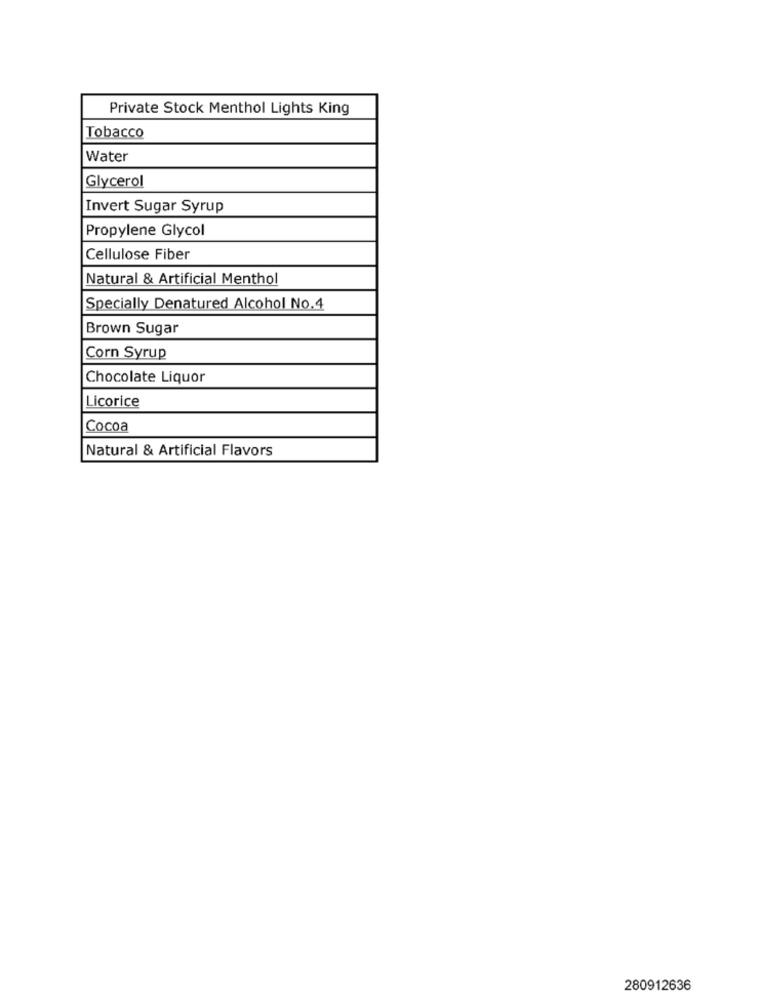
Private Stock Menthol Lights King
Tobacco
Water
Glycerol
Invert Sugar Syrup
Propylene Glycol
Cellulose Fiber
Natural & Artificial Menthol
Specially Denatured Alcohol No.4
Brown Sugar
Corn Syrup
Chocolate Liquor
Licorice
Cocoa
Natural & Artificial Flavors
280912636